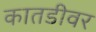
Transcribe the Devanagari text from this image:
कातडीवर